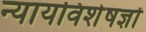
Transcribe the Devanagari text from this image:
न्यायविशेषज्ञों